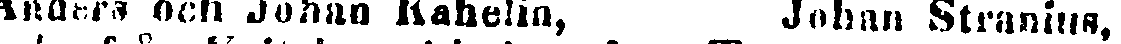
Anders och Johan Kahelin, Johan Stranius,